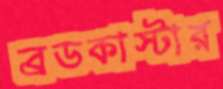
ব্রডকাস্টার